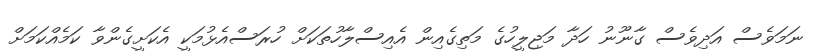
ނަމަވެސް އަދިވެސް ގާނޫނު ހަދާ މަޖިލީހުގެ މަތިގެއިން އެއިސްލާހުތަކަށް ހުރަސްއެޅުމަކީ އެކަށީގެންވާ ކަމެއްކަމަށް